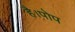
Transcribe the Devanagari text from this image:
है।पोप